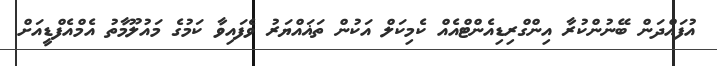
އުފައްދަން ބޭނުންކުރާ އިންގްރިޑިއެންޓްއެއް ކެމިކަލް އަކުން ތަޣައްޔަރު ވެފައިވާ ކަމުގެ މައުލޫމާތު އެމްއެފްޑީއަށް